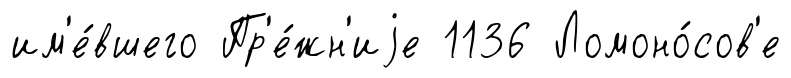
им'е́вшего Пр'е́жн'иjе 1136 Ломоно́сов'е